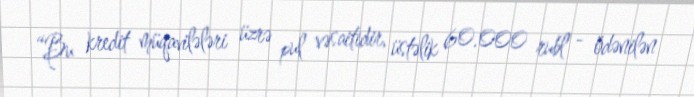
“Bu kredit müqavilələri üzrə pul vəsaitidir, üstəlik 60.000 rubl - ödənilən